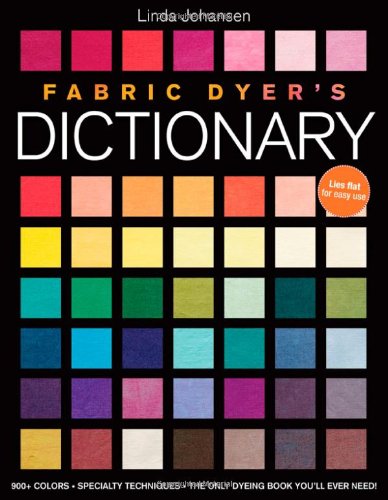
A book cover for Fabric Dyer's Dictionary: 900+ Colors, Specialty Techniques, The Only Dyeing Book You'll Ever Need!; Linda Johansen; Crafts, Hobbies & Home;